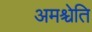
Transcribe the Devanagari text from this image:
अमश्चेति